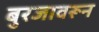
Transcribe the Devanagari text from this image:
बुरजावरून